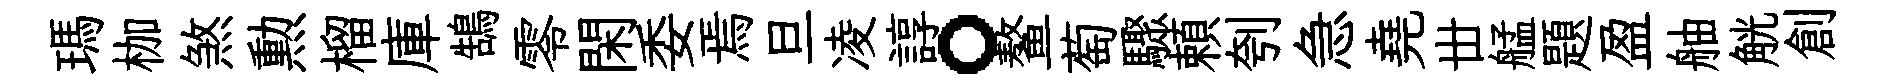
瑪枷煞勲榴庫鵠零閑委焉旦凌諄。鳌萄驟頼刳急堯丗艋題盈舳觥創